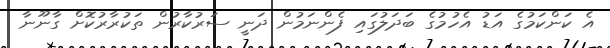
އެ ކަންކަމުގެ އަޑު އެހުމުގެ ބަދަލުގައި ފެންނަމުން ދަނީ ސަރުކާރުން ތަކުރާރުކޮށް ގާނޫނާ